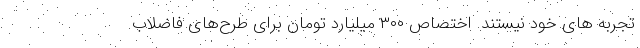
تجربه های خود نیستند. اختصاص ۳۰۰ میلیارد تومان برای طرح‌های فاضلاب